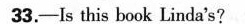
33.—Is this book Linda's?